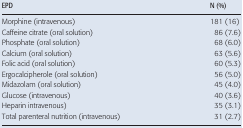
<table><thead><tr><td><b>EPD</b></td><td><b>N (%)</b></td></tr></thead><tbody><tr><td>Morphine (intravenous)</td><td>181 (16)</td></tr><tr><td>Caffeine citrate (oral solution)</td><td>86 (7.6)</td></tr><tr><td>Phosphate (oral solution)</td><td>68 (6.0)</td></tr><tr><td>Calcium (oral solution)</td><td>63 (5.6)</td></tr><tr><td>Folic acid (oral solution)</td><td>60 (5.3)</td></tr><tr><td>Ergocalcipherole (oral solution)</td><td>56 (5.0)</td></tr><tr><td>Midazolam (oral solution)</td><td>45 (4.0)</td></tr><tr><td>Glucose (intravenous)</td><td>40 (3.6)</td></tr><tr><td>Heparin intravenous)</td><td>35 (3.1)</td></tr><tr><td>Total parenteral nutrition (intravenous)</td><td>31 (2.7)</td></tr></tbody></table>